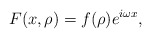
\begin{align*}F(x,\rho)=f(\rho)e^{i\omega x},\end{align*}